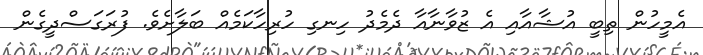
އެމީހުން ތިބީ އުޝާއާއި އެ ޒުވާނާއާ ދެމެދު ހިނގި ހުރިހާކަމެއް ބަލާށެވެ. ފުރަގަސްދީގެން